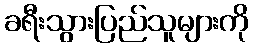
ခရီးသွားပြည်သူများကို